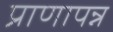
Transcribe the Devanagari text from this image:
प्राणापन्न